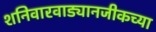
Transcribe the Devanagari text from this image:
शनिवारवाड्यानजीकच्या